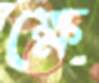
ক্ষে